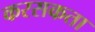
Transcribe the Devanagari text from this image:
करसकता